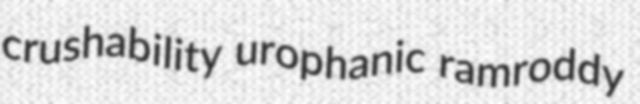
crushability urophanic ramroddy